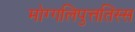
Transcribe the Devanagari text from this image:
मोग्गलिपुत्ततिस्स